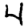
Digit: 4